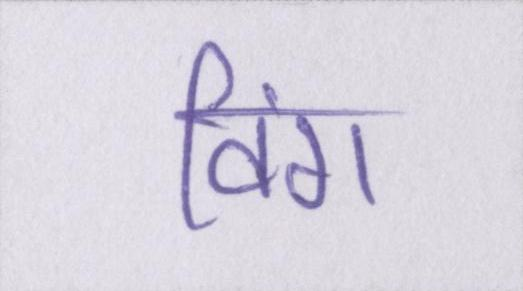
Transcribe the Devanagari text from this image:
विंग